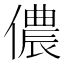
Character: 儂